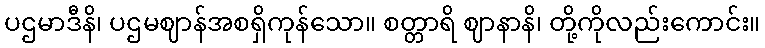
ပဌမာဒီနိ၊ ပဌမဈာန်အစရှိကုန်သော။ စတ္တာရိ ဈာနာနိ၊ တို့ကိုလည်းကောင်း။